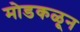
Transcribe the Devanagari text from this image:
मोडकळून